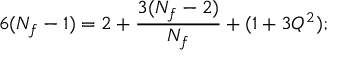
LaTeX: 6 ( N _ { f } - 1 ) = 2 + { \frac { 3 ( N _ { f } - 2 ) } { N _ { f } } } + ( 1 + 3 Q ^ { 2 } ) ;